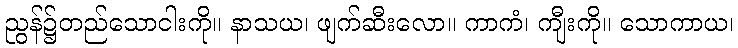
ညွန်၌တည်သောငါးကို။ နာသယ၊ ဖျက်ဆီးလော။ ကာကံ၊ ကျီးကို။ သောကာယ၊